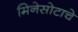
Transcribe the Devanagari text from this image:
मिनेसोटाचे